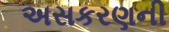
અસકરણની